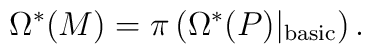
\Omega^{*}(M) = \pi \left( \Omega^{*}(P)\vert_{{\rm basic}} \right).